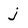
Character: j